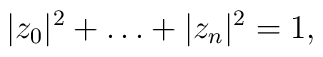
|z_0|^2 + \ldots + |z_n|^2=1,